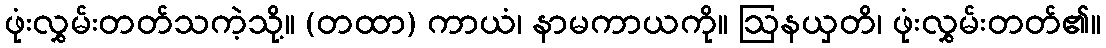
ဖုံးလွှမ်းတတ်သကဲ့သို့။ (တထာ) ကာယံ၊ နာမကာယကို။ ဩနယှတိ၊ ဖုံးလွှမ်းတတ်၏။